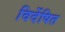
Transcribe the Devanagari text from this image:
विर्देषित